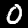
Label: 0